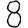
Digit: 8